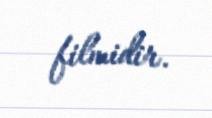
filmidir.